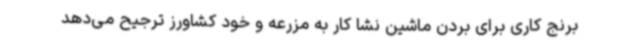
برنج کاری برای بردن ماشین نشا کار به مزرعه و خود کشاورز ترجیح می‌دهد